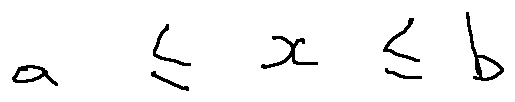
a \leq x \leq b